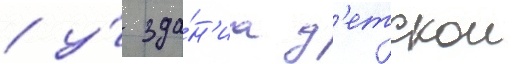
/ у́ зда́н'иа д'етскои